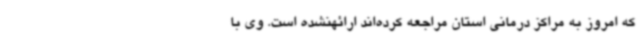
که امروز به مراکز درمانی استان مراجعه کرده‌اند ارائهنشده است. وی با